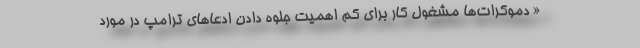
« دموکرات‌ها مشغول کار برای کم اهمیت جلوه دادن ادعاهای ترامپ در مورد